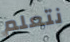
نتعلم